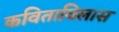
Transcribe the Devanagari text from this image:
कविताविलास